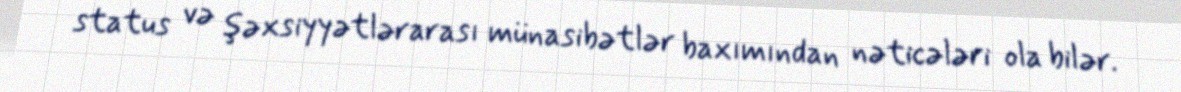
status və şəxsiyyətlərarası münasibətlər baxımından nəticələri ola bilər.